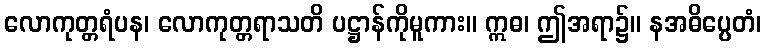
လောကုတ္တရံပန၊ လောကုတ္တရာသတိ ပဋ္ဌာန်ကိုမူကား။ ဣဓ၊ ဤအရာ၌။ နအဓိပ္ပေတံ၊